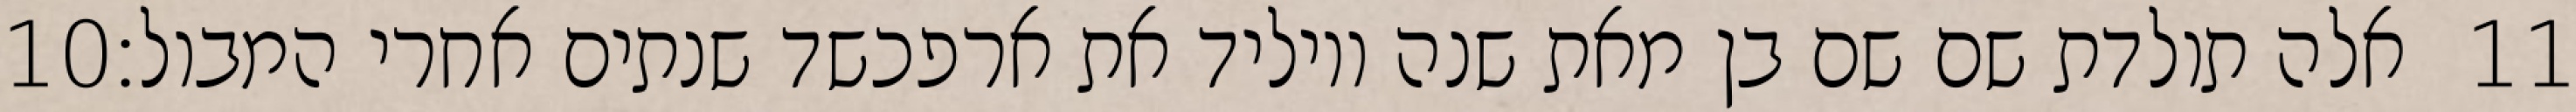
‎10‏ אלה תולדת שם שם בן מאת שנה ויוליד את ארפכשד שנתים אחרי המבול׃ ‎11‏